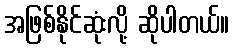
အဖြစ်နိုင်ဆုံးလို့ ဆိုပါတယ်။